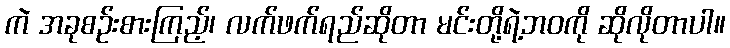
ကဲ အခုစဉ်းစားကြည့်၊ လက်ဖက်ရည်ဆိုတာ မင်းတို့ရဲ့ဘဝကို ဆိုလိုတာပါ။